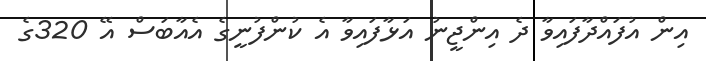
އިން އުފައްދާފައިވާ ދެ އިންޖީނު އަޅާފައިވާ އެ ކުންފުނީގެ އެއާބަސް އޭ 320ގެ